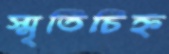
স্মৃতিচিহ্ন